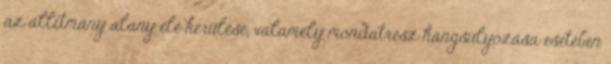
az állítmány alany elé kerülése, valamely mondatrész hangsúlyozása esetében